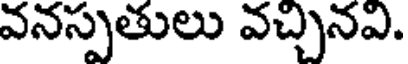
వనస్పతులు వచ్చినవి.